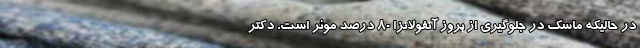
در حالیکه ماسک در جلوگیری از بروز آنفولانزا 80 درصد موثر است. دکتر